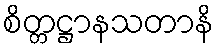
စိတ္တဋ္ဌာနသတာနိ